38_143685_box_Incident_Summaries_101-172
Agency: Department of War
Page 82
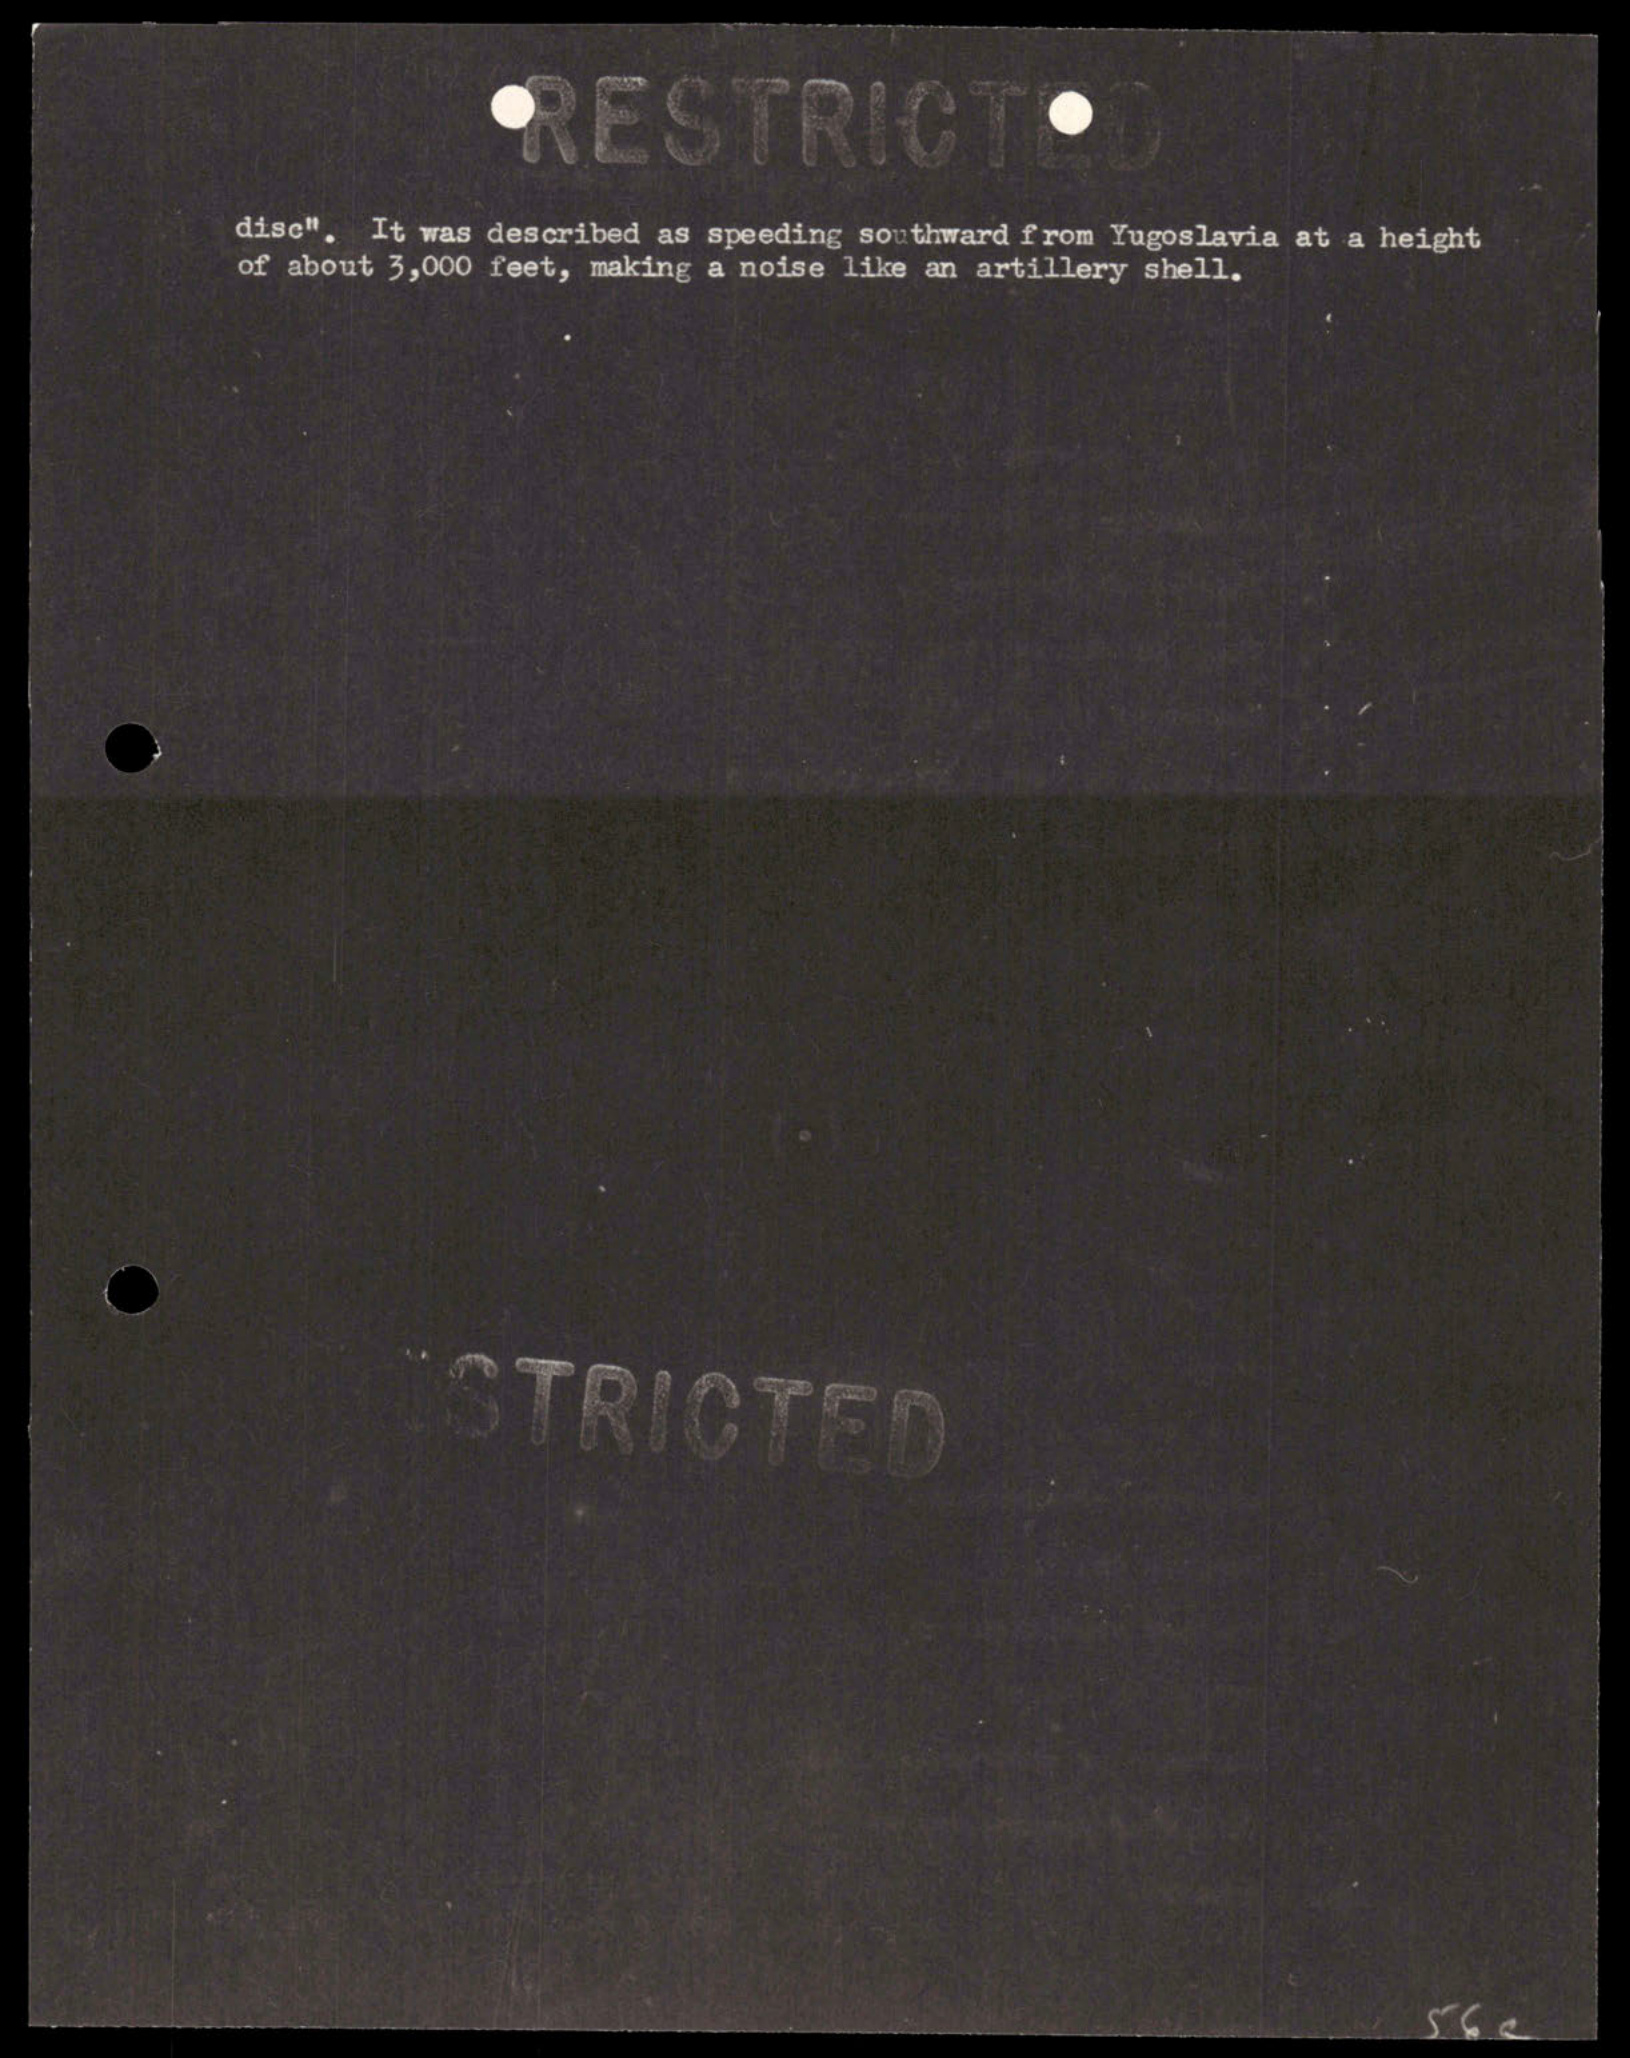